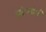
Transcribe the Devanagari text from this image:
आई॰आई॰टी